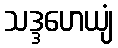
သဒ္ဒဟေယျံ